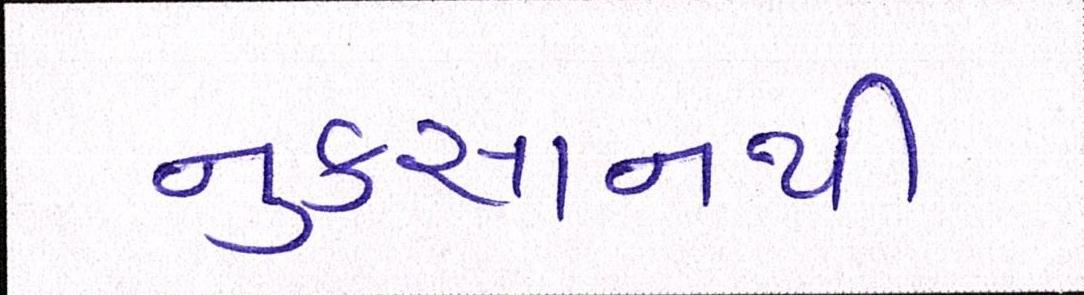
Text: નુકસાનથી